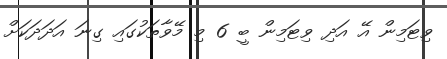
ވިޓަމިން އޭ އަދި ވިޓަމިން ބީ 6 މި މޭވާތަކުގައި ގިނަ އަދަދަކަށް